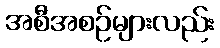
အစီအစဉ်များလည်း